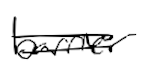
Text: barrier
Cross-out: double-line
Writing tool: digital_black